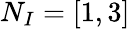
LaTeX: N_{I}=[1,3]